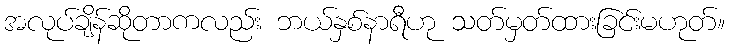
အလုပ်ချိန်ဆိုတာကလည်း ဘယ်နှစ်နာရီဟု သတ်မှတ်ထားခြင်းမဟုတ်။